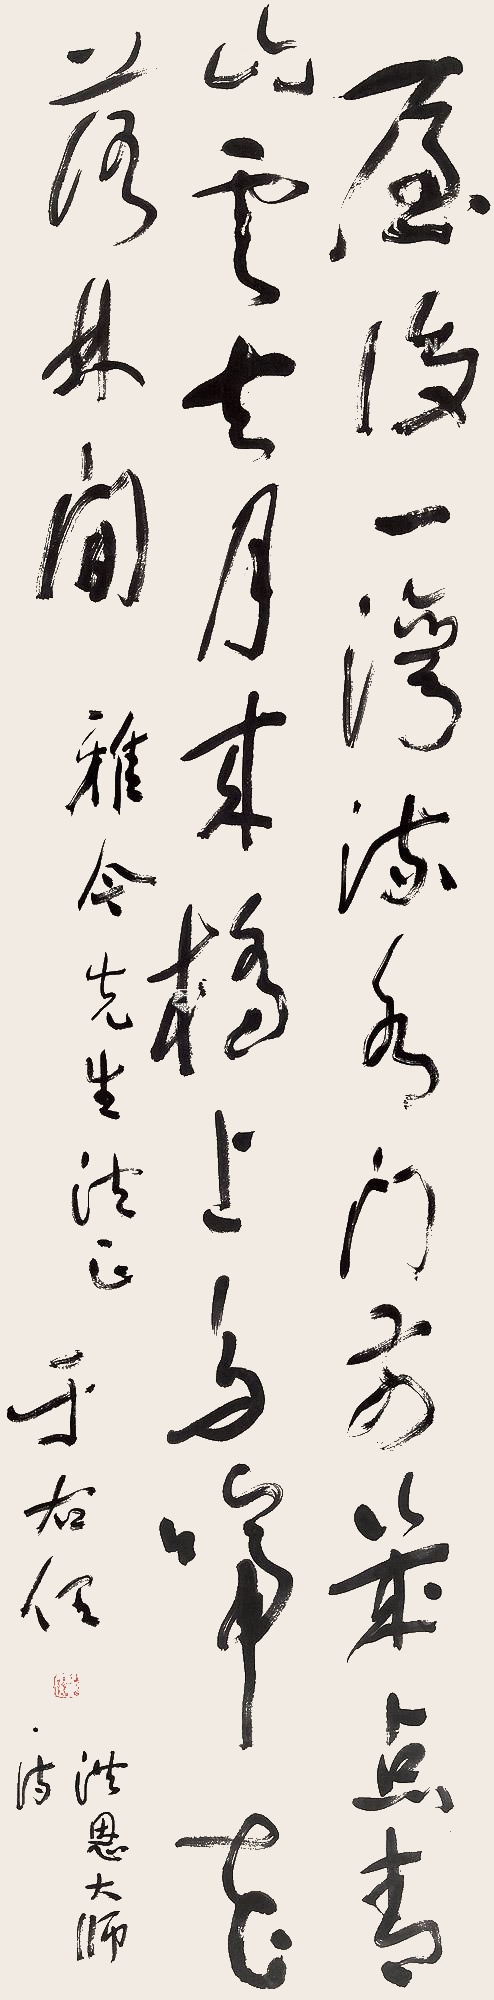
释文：屋后一湾流水，门前几点青山。云去月来桥上，鸟啼花落林间。雅今先生法正，于右任。洪恩大师诗。